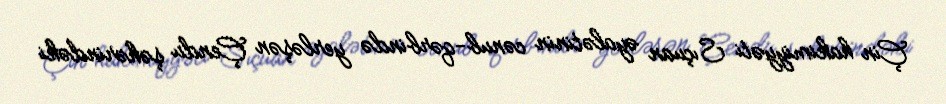
Çin hakimiyyəti Sıçuan əyalətinin cənub-qərbində yerləşən Çendu şəhərindəki